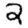
Digit: 2